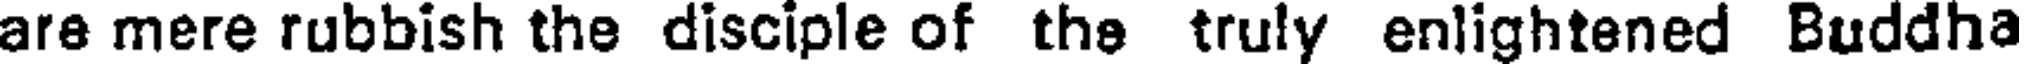
are mere rubbish the disciple of the truly enlightened Buddha